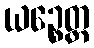
ယဉ္စေတ္ထ